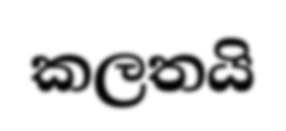
කලතයි